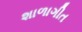
શાળાગીત